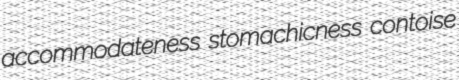
accommodateness stomachicness contoise